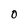
Character: 0